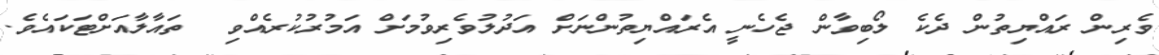
ވެރިން ރައްޔިތުން ދެކެ ލޯބިވާން ޖެހެނީ އެރައްޔިތުންނަށް އަދުލުވެރިވުމަށް އަމުރުކުރެއްވި  ތައާލާއަށްޓަކައެވެ.